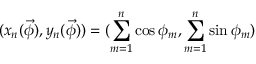
( x _ { n } ( \vec { \phi } ) , y _ { n } ( \vec { \phi } ) ) = ( \sum _ { m = 1 } ^ { n } \cos \phi _ { m } , \sum _ { m = 1 } ^ { n } \sin \phi _ { m } )